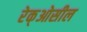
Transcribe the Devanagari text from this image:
रेक्‌ओसील